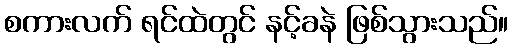
စကားလက် ရင်ထဲတွင် နင့်ခနဲ ဖြစ်သွားသည်။